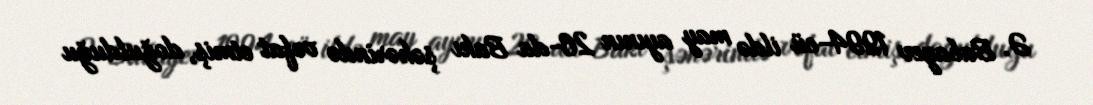
Ə. Babayev 1994-cü ildə may ayının 26-da Bakı şəhərində vəfat etmiş, doğulduğu